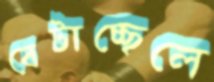
বেটাচ্ছেলে